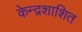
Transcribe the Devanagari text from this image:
केन्द्रशाशित